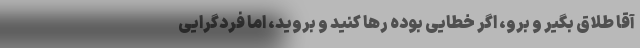
آقا طلاق بگیر و برو، اگر خطایی بوده رها کنید و بروید، اما فردگرایی